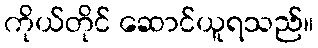
ကိုယ်တိုင် ဆောင်ယူရသည်။